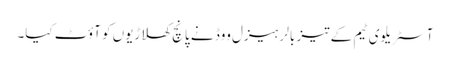
آسٹریلوی ٹیم کے تیز بالر ہیزل ووڈ نے پانچ کھلاڑیوں کو آؤٹ کیا۔